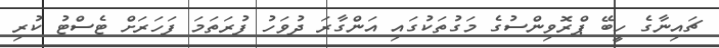
ޗައިނާގެ ހީބޭ ޕްރޮވިންސުގެ މަގުތަކުގައި އަންގާރަ ދުވަހު ފުރަތަމަ ފަހަރަށް ޓެސްޓު ކުރި